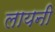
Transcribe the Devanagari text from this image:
लायनी